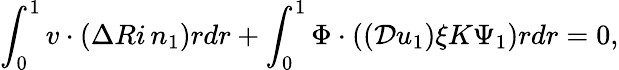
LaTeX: \int_{0}^{1}v\cdot\left(\Delta Ri\, n_{1}\right)rdr+\int_{0}^{1}\Phi\cdot\left((\mathcal{D}u_{1})\xi K\Psi_{1}\right)rdr=0,